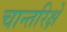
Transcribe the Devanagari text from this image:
चान्तरिक्षे